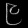
Digit: ၉